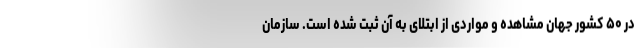
در ۵۰ کشور جهان مشاهده و مواردی از ابتلای به آن ثبت شده است. سازمان